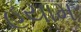
હયામ